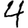
Digit: 4